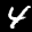
Label: 4